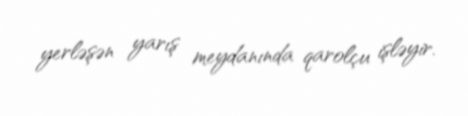
yerləşən yarış meydanında qarolçu işləyir.